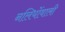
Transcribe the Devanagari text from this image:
नलियोंवाली